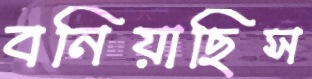
বনিয়াছিস